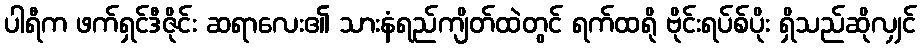
ပါရီက ဖက်ရှင်ဒီဇိုင်း ဆရာလေး၏ သားနံရည်ကျိတ်ထဲတွင် ရက်ထရို ဗိုင်းရပ်စ်ပိုး ရှိသည်ဆိုလျှင်